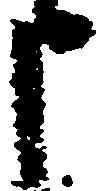
申